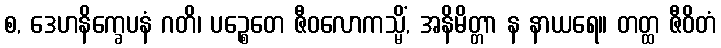
စ, ဒေဟနိက္ခေပနံ ဂတိ၊ ပဉ္စေတေ ဇီဝလောကသ္မိံ, အနိမိတ္တာ န နာယရေ။ တတ္ထ ဇီဝိတံ